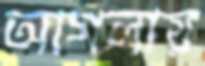
আগলায়